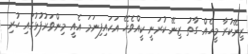
ޒިނޭކުރާ މީހެއް ގާތު ޒިނޭ ކުރަނީ ކީއްވެހޭ އަހައިފިނަމަ އެއީ މިންވަރުފުޅުގައި ހުރި